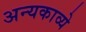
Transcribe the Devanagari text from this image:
अन्यकाव्ये